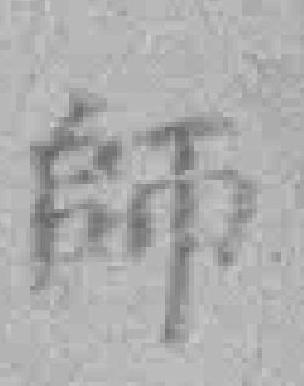
師